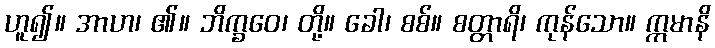
ဟူ၍။ အာဟ၊ ၏။ ဘိက္ခဝေ၊ တို့။ ခေါ၊ စစ်။ စတ္တာရိ၊ ကုန်သော။ ဣမာနိ